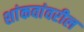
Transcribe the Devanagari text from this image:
शांकवांवरील